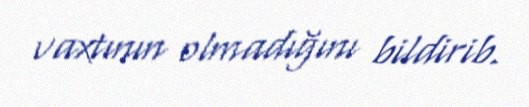
vaxtının olmadığını bildirib.